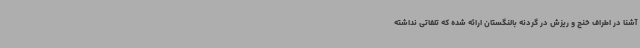
آشنا در اطراف خنج و ریزش در گردنه بالنگستان ارائه شده که تلفاتی نداشته